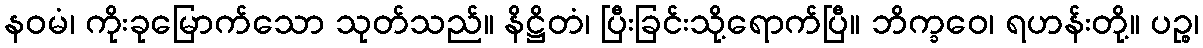
နဝမံ၊ ကိုးခုမြောက်သော သုတ်သည်။ နိဋ္ဌိတံ၊ ပြီးခြင်းသို့ရောက်ပြီ။ ဘိက္ခဝေ၊ ရဟန်းတို့။ ပဉ္စ၊